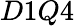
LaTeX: D1Q4